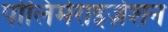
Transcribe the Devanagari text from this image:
पोलिमेराइज़ेशन